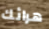
هرائك